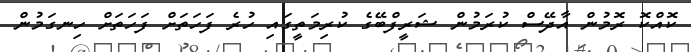
ކޮއްކޮ ރޮމުން އާދޭސް ކުރަމުން ޝަރީފްބޭގެ ކުރިމަތީގައި ހުރެ ފަހަތަށް ފަހަތަށް ހިނގަމުން